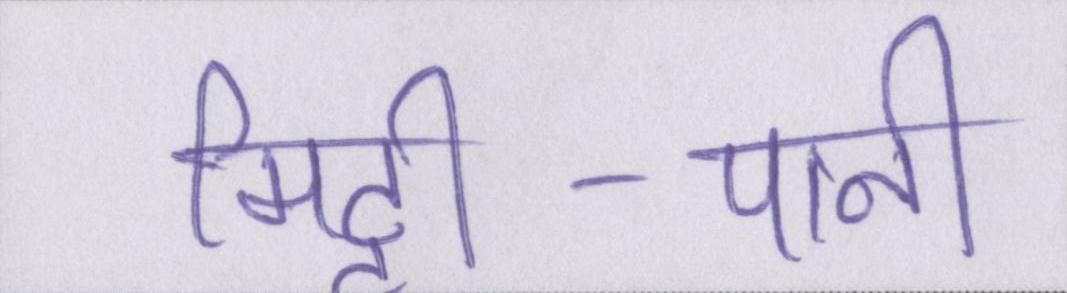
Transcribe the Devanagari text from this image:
मिट्टी-पानी